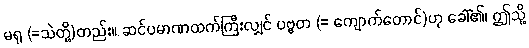
မရု (=သဲတို့)တည်း။ ဆင်ပမာဏထက်ကြီးလျှင် ပဗ္ဗတ (= ကျောက်တောင်)ဟု ခေါ်၏၊ ဤသို့